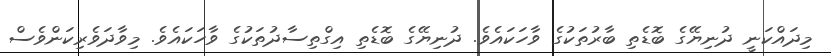
މިދައްކަނީ ދުނިޔޭގެ ބޮޑެތި ބާރުތަކުގެ ވާހަކައެވެ. ދުނިޔޭގެ ބޮޑެތި އިގްތިސާދުތަކުގެ ވާހަކައެވެ. މިވާދަވެރިކަންވެސް